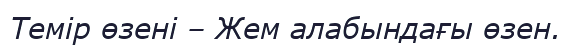
Темір өзені – Жем алабындағы өзен.